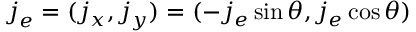
\boldsymbol { j } _ { e } = ( j _ { x } , j _ { y } ) = ( - j _ { e } \sin \theta , j _ { e } \cos \theta )